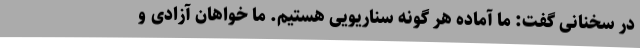
در سخنانی گفت: ما آماده هر گونه سناریویی هستیم. ما خواهان آزادی و